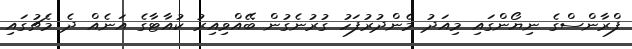
ފްރާންސްގެ ނިޔޯންގައި މިއަދު މެންދުުރުފަހު ގުރުނެގުން ބޭއްވިއިރު ކުއާޓާގެ އަނެއް ދެ މެޗުގައި